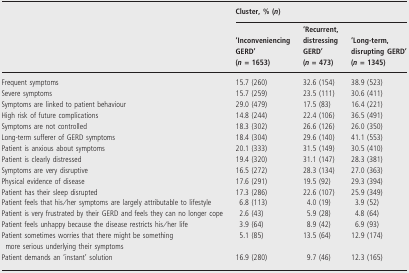
|  | <COLSPAN=3> Cluster, % (n) |
 |  | ‘Inconveniencing GERD’ (n = 1653) | ‘Recurrent, distressing GERD’ (n = 473) | ‘Long-term, disrupting GERD’ (n = 1345) |
 | --- | --- | --- | --- |
 | Frequent symptoms | 15.7 (260) | 32.6 (154) | 38.9 (523) |
 | Severe symptoms | 15.7 (259) | 23.5 (111) | 30.6 (411) |
 | Symptoms are linked to patient behaviour | 29.0 (479) | 17.5 (83) | 16.4 (221) |
 | High risk of future complications | 14.8 (244) | 22.4 (106) | 36.5 (491) |
 | Symptoms are not controlled | 18.3 (302) | 26.6 (126) | 26.0 (350) |
 | Long-term sufferer of GERD symptoms | 18.4 (304) | 29.6 (140) | 41.1 (553) |
 | Patient is anxious about symptoms | 20.1 (333) | 31.5 (149) | 30.5 (410) |
 | Patient is clearly distressed | 19.4 (320) | 31.1 (147) | 28.3 (381) |
 | Symptoms are very disruptive | 16.5 (272) | 28.3 (134) | 27.0 (363) |
 | Physical evidence of disease | 17.6 (291) | 19.5 (92) | 29.3 (394) |
 | Patient has their sleep disrupted | 17.3 (286) | 22.6 (107) | 25.9 (349) |
 | Patient feels that his/her symptoms are largely attributable to lifestyle | 6.8 (113) | 4.0 (19) | 3.9 (52) |
 | Patient is very frustrated by their GERD and feels they can no longer cope | 2.6 (43) | 5.9 (28) | 4.8 (64) |
 | Patient feels unhappy because the disease restricts his/her life | 3.9 (64) | 8.9 (42) | 6.9 (93) |
 | Patient sometimes worries that there might be something more serious underlying their symptoms | 5.1 (85) | 13.5 (64) | 12.9 (174) |
 | Patient demands an ‘instant’ solution | 16.9 (280) | 9.7 (46) | 12.3 (165) |